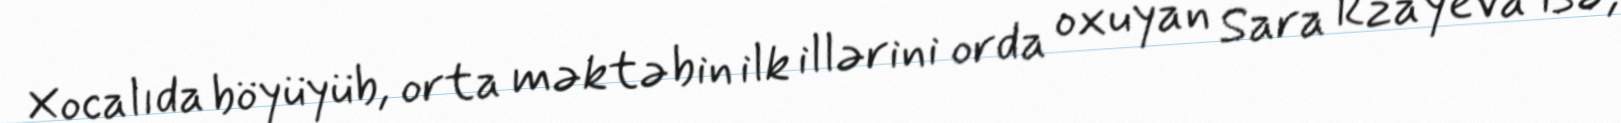
Xocalıda böyüyüb, orta məktəbin ilk illərini orda oxuyan Sara Rzayeva isə,